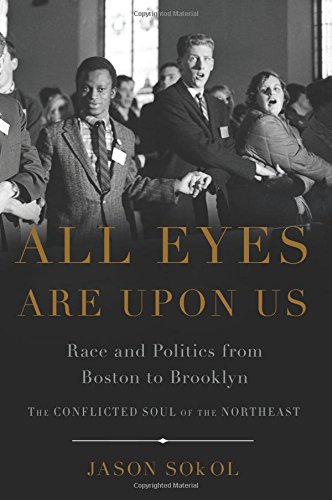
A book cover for All Eyes are Upon Us: Race and Politics from Boston to Brooklyn; Jason Sokol; History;